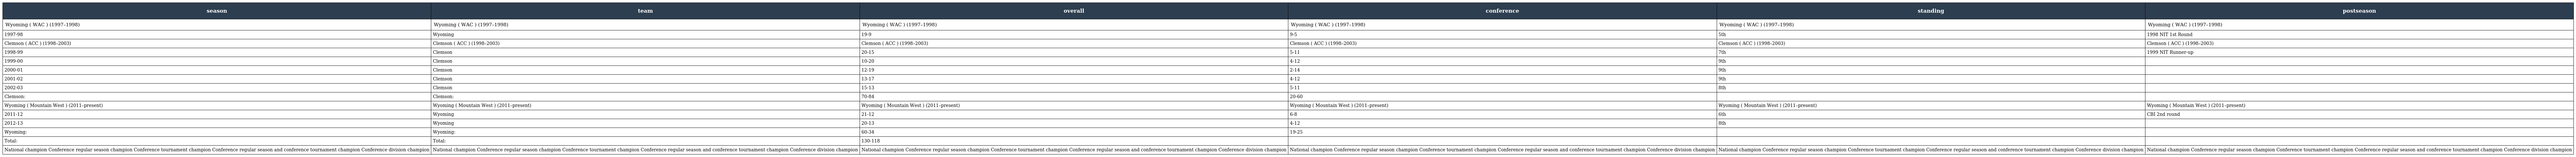
| season | team | overall | conference | standing | postseason |
 | --- | --- | --- | --- | --- | --- |
 | Wyoming ( WAC ) (1997–1998) | Wyoming ( WAC ) (1997–1998) | Wyoming ( WAC ) (1997–1998) | Wyoming ( WAC ) (1997–1998) | Wyoming ( WAC ) (1997–1998) | Wyoming ( WAC ) (1997–1998) |
 | 1997-98 | Wyoming | 19-9 | 9-5 | 5th | 1998 NIT 1st Round |
 | Clemson ( ACC ) (1998–2003) | Clemson ( ACC ) (1998–2003) | Clemson ( ACC ) (1998–2003) | Clemson ( ACC ) (1998–2003) | Clemson ( ACC ) (1998–2003) | Clemson ( ACC ) (1998–2003) |
 | 1998-99 | Clemson | 20-15 | 5-11 | 7th | 1999 NIT Runner-up |
 | 1999-00 | Clemson | 10-20 | 4-12 | 9th |  |
 | 2000-01 | Clemson | 12-19 | 2-14 | 9th |  |
 | 2001-02 | Clemson | 13-17 | 4-12 | 9th |  |
 | 2002-03 | Clemson | 15-13 | 5-11 | 8th |  |
 | Clemson: | Clemson: | 70-84 | 20-60 |  |  |
 | Wyoming ( Mountain West ) (2011–present) | Wyoming ( Mountain West ) (2011–present) | Wyoming ( Mountain West ) (2011–present) | Wyoming ( Mountain West ) (2011–present) | Wyoming ( Mountain West ) (2011–present) | Wyoming ( Mountain West ) (2011–present) |
 | 2011-12 | Wyoming | 21-12 | 6-8 | 6th | CBI 2nd round |
 | 2012-13 | Wyoming | 20-13 | 4-12 | 8th |  |
 | Wyoming: | Wyoming: | 60-34 | 19-25 |  |  |
 | Total: | Total: | 130-118 |  |  |  |
 | National champion Conference regular season champion Conference tournament champion Conference regular season and conference tournament champion Conference division champion | National champion Conference regular season champion Conference tournament champion Conference regular season and conference tournament champion Conference division champion | National champion Conference regular season champion Conference tournament champion Conference regular season and conference tournament champion Conference division champion | National champion Conference regular season champion Conference tournament champion Conference regular season and conference tournament champion Conference division champion | National champion Conference regular season champion Conference tournament champion Conference regular season and conference tournament champion Conference division champion | National champion Conference regular season champion Conference tournament champion Conference regular season and conference tournament champion Conference division champion |